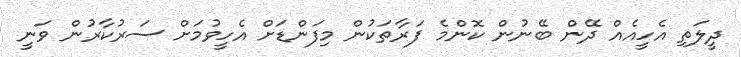
ދީލަތި އެހީއެއް ދޭން ބޭނުން ކޮންމެ ފަރާތަކުން މިފަންޑަށް އެހީވުމަށް ސަރުކާރުން ވަނީ